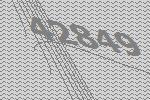
42849